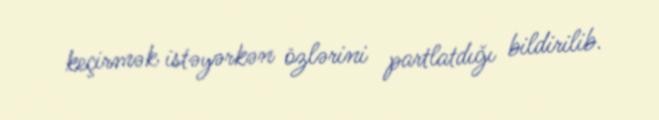
keçirmək istəyərkən özlərini partlatdığı bildirilib.